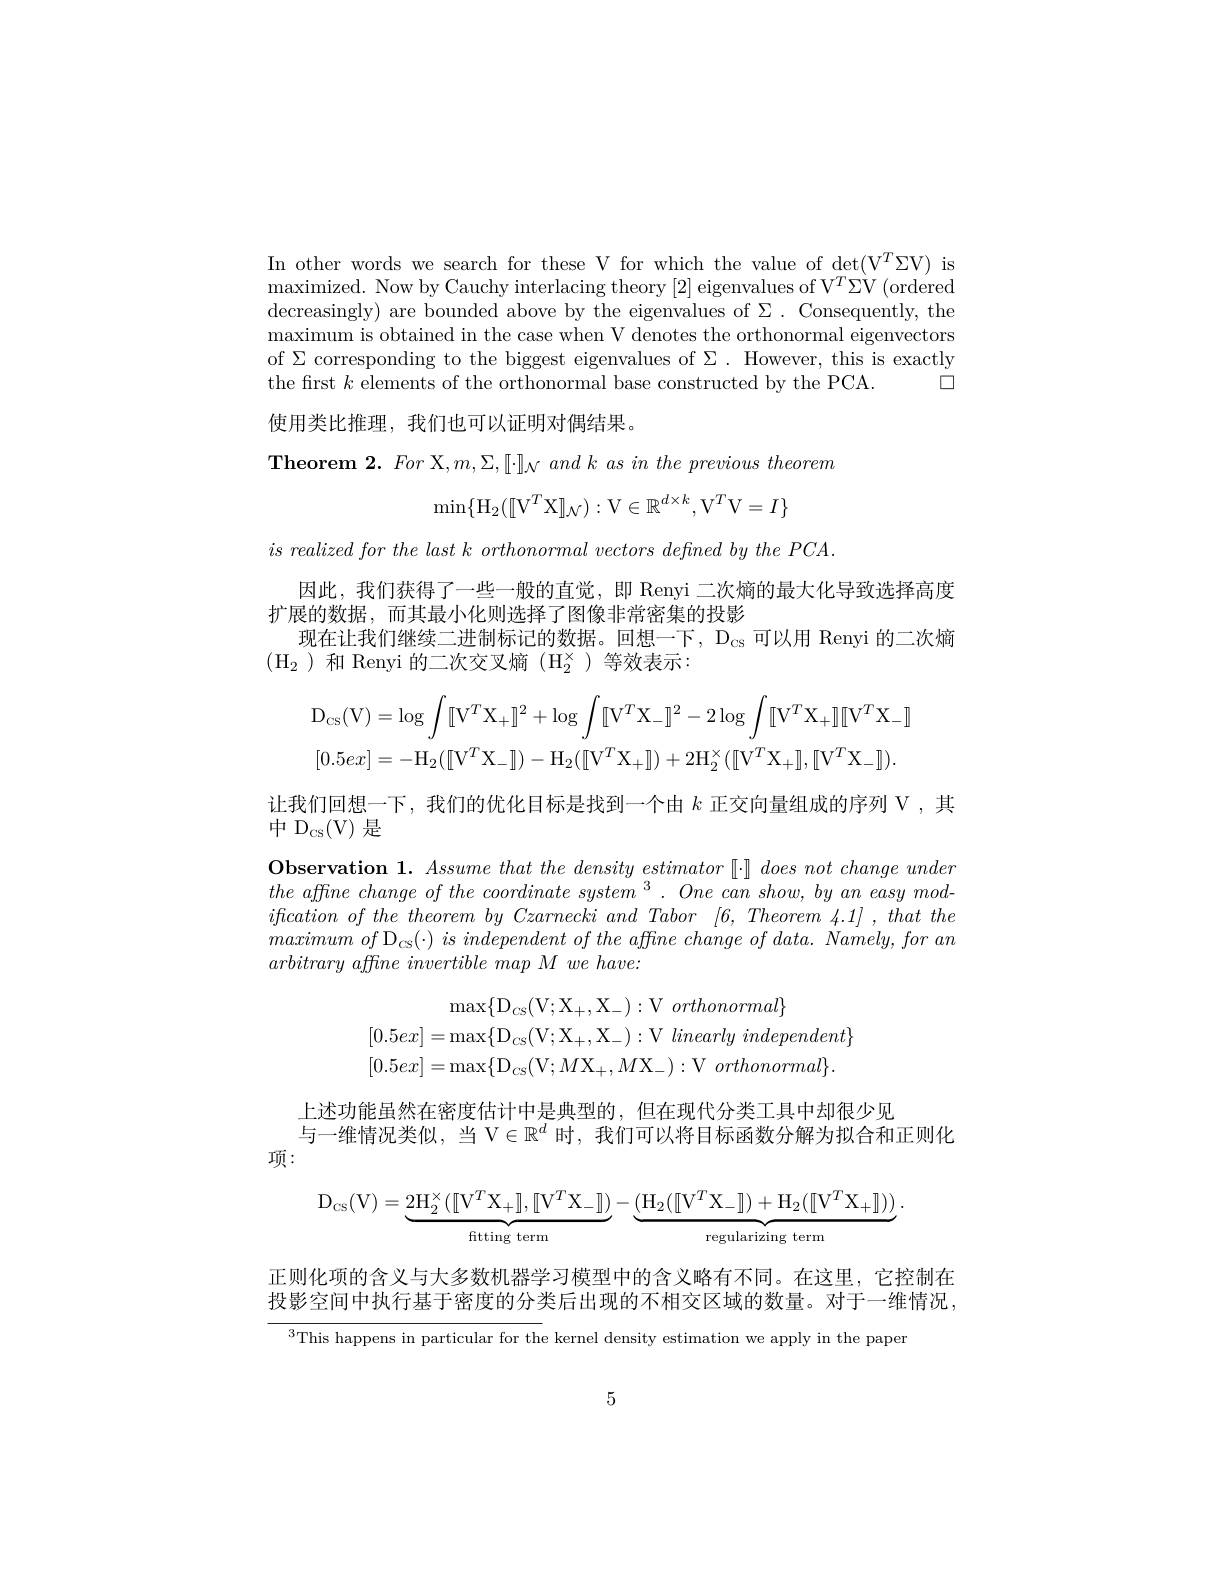
In other words we search for these V for which the value of det(V$^T\Sigma$V) is

maximized. Now by Cauchy interlacing theory [2] eigenvalues of V$^T\Sigma$V( ordered

decreasingly) are bounded above by the eigenvalues of $\Sigma.$ Consequently, the

maximum is obtained in the case when V denotes the orthonormal eigenvectors

of $\Sigma$ corresponding to the biggest eigenvalues of $\Sigma.$ However, this is exactly

口

the first $k$ elements of the orthonormal base constructed by the PCA.

使用类比推理，我们也可以证明对偶结果。

Theorem 2. For X,m,Σ,[•]]{}{}{}{}{}andk{}asinthe{}previous{}theorem
$$\min\{\mathrm H_2([\mathrm V^T\mathrm X]_{\mathcal N}):\mathrm V\in\Bbb R^{d\times k},\mathrm V^T\mathrm V=I\}$$
$is\textit{ realized for the last k orthonormal vectors defined by the PCA}.$

因此，我们获得了一些一般的直觉，即 Renyi 二次熵的最大化导致选择高度

扩展的数据，而其最小化则选择了图像非常密集的投影

现在让我们继续二进制标记的数据。回想一下，$\mathcal{D}_\mathrm{cs}$可以用 Renyi 的二次熵

$(\mathrm{H}_2)$ 和 Renyi 的二次交叉熵 $(\mathrm{H}_2^\times)$等效表示：
$$\mathrm{D}_{\mathrm{CS}}(\mathrm{V})=\log\int[[\mathrm{V}^{T}\mathrm{X}_{+}]]^{2}+\log\int[[\mathrm{V}^{T}\mathrm{X}_{-}]]^{2}-2\log\int[\mathrm{V}^{T}\mathrm{X}_{+}][\mathrm{V}^{T}\mathrm{X}_{-}]\\[0.5ex]=-\mathrm{H}_{2}([\mathrm{V}^{T}\mathrm{X}_{-}]])-\mathrm{H}_{2}([\mathrm{V}^{T}\mathrm{X}_{+}]])+2\mathrm{H}_{2}^{\times}([\mathrm{V}^{T}\mathrm{X}_{+}]],[\mathrm{V}^{T}\mathrm{X}_{-}]]).$$
让我们回想一下，我们的优化目标是找到一个由$k$正交向量组成的序列 V,其

$中 \mathrm{D} _{\mathrm{cs}}($V)是

Observation 1. $Assume\textit{ that the density estimator [ ] does not change under}$

$the\textit{ affine change of the coordinate system }^{3}. \textit{One can show, by an easy mod- }$

$ification\textit{ of the theorem by Czarnecki and Tabor [ 6, Theorem 4. 1] , that the}$

$maximumof\mathrm{~D}_{\mathrm{CS}}( \cdot )$ $is$ independent $of$ the affine change $of$ $data.$ $Namely$, for $an$

$arbitrary\textit{ affine invertible map M we have: }$
$$\max\{\mathrm{D}_{cs}(\mathrm{V};\mathrm{X}_{+},\mathrm{X}_{-}):\mathrm{V}\:orthonormal\}\\[0.5ex]=\max\{\mathrm{D}_{cs}(\mathrm{V};\mathrm{X}_{+},\mathrm{X}_{-}):\mathrm{V}\:linearly\:independent\}\\[0.5ex]=\max\{\mathrm{D}_{cs}(\mathrm{V};M\mathrm{X}_{+},M\mathrm{X}_{-}):\mathrm{V}\:orthonormal\}.$$
上述功能虽然在密度估计中是典型的，但在现代分类工具中却很少见
与一维情况类似，当 V$\in\mathbb{R}^d$时，我们可以将目标函数分解为拟合和正则化
项：
$$\mathrm D_{\mathrm cs}(\mathrm V)=\underbrace{2\mathrm H_2^\times([\mathrm V^T\mathrm X_+],[\mathrm V^T\mathrm X_-]])}_{\text{fitting term}}-\underbrace{(\mathrm H_2([\mathrm V^T\mathrm X_-]])+\mathrm H_2([\mathrm V^T\mathrm X_+]))}_{\text{regularizing term}}\:.$$
正则化项的含义与大多数机器学习模型中的含义略有不同。在这里，它控制在投影空间中执行基于密度的分类后出现的不相交区域的数量。对于一维情况，

$^{3}$This happens in particular for the kernel density estimation we apply in the paper

5